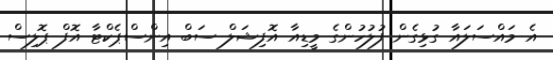
އެ މައްސަލައާ ގުޅިގެން ފުލުހުންގެ މީޑިއާ އޮފިޝަލް ސަބް އިންސްޕެކްޓާ އޮފް ޕޮލިސް